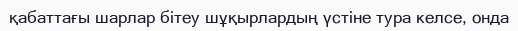
қабаттағы шарлар бітеу шұқырлардың үстіне тура келсе, онда